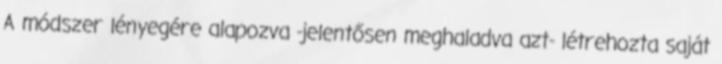
A módszer lényegére alapozva -jelentősen meghaladva azt- létrehozta saját